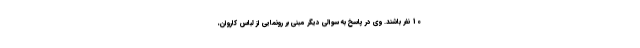
10 نفر باشند. وی در پاسخ به سوالی دیگر مبنی بر رونمایی از لباس کاروان،